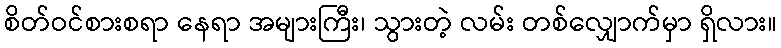
စိတ်ဝင်စားစရာ နေရာ အများကြီး၊ သွားတဲ့ လမ်း တစ်လျှောက်မှာ ရှိလား။